King Institute of Preventive Medicine Bacteriolog. Section reports 1907-08
Year: 1907
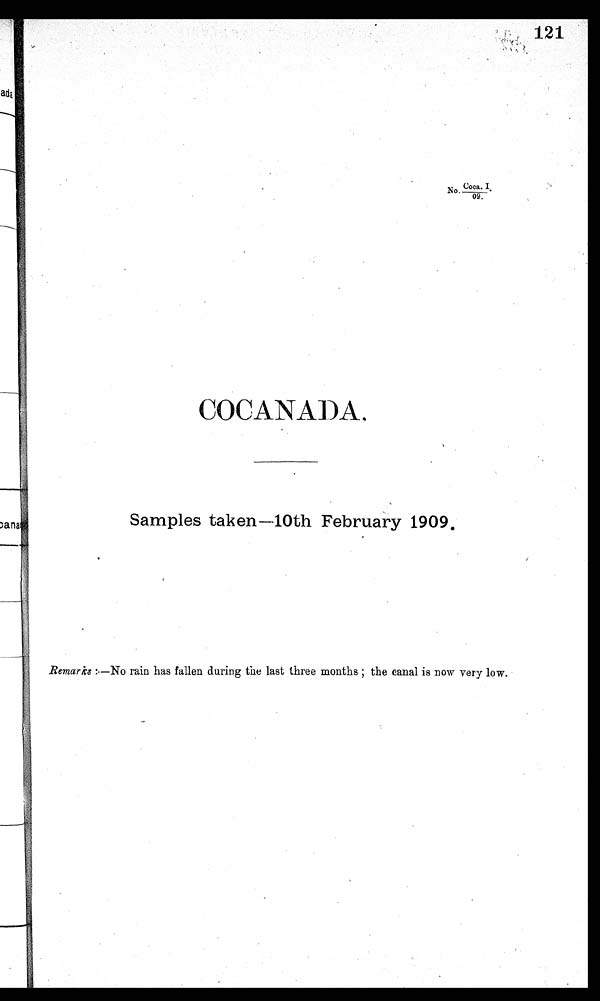
Coca. I
No.
09.
COCAN ADA.
Samples taken—10th February 1909,
Remarks :. —No rain has fallen during the last three months ; the canal is now very low.